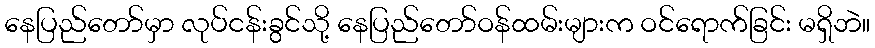
နေပြည်တော်မှာ လုပ်ငန်းခွင်သို့ နေပြည်တော်ဝန်ထမ်းများက ဝင်ရောက်ခြင်း မရှိဘဲ။